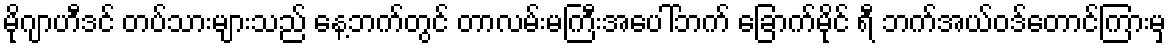
မိုဂျာဟီဒင် တပ်သားများသည် နေ့ဘက်တွင် တာလမ်းမကြီးအပေါ်ဘက် ခြောက်မိုင် ရီ ဘက်အယ်ဝဒ်တောင်ကြားမှ